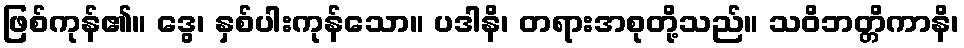
ဖြစ်ကုန်၏။ ဒွေ၊ နှစ်ပါးကုန်သော။ ပဒါနိ၊ တရားအစုတို့သည်။ သဝိဘတ္တိကာနိ၊